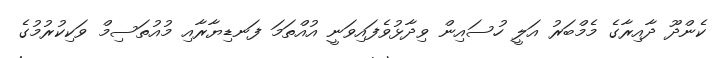
ކެންދޫ ދާއިރާގެ މެމްބަރު އަލީ ހުސައިން ވިދާޅުވެފައިވަނީ އުއްތަމަ ފަނޑިޔާރާއި މުއުތަސިމް ވަކިކުރުމުގެ